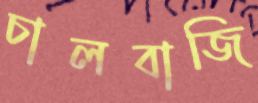
চালবাজি